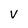
Character: V